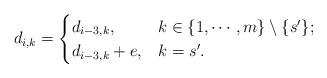
LaTeX: \begin{align*}d_{i,k}=\begin{cases}d_{i-3,k}, &k\in\{1,\cdots,m\}\setminus\{s'\};\\d_{i-3,k}+e,& k=s'.\end{cases}\end{align*}